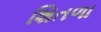
શિતળા